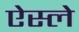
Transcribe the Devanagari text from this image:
ऐस्ले